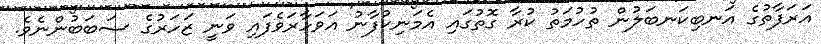
އަރަފާތުގެ އަނބިކަނބަލުން ތުހުމަތު ކުރާ ގޮތުގައި އެމަނިކުފާނު އަވަހާރަވެފައި ވަނީ ޒަހަރުގެ ސަބަބުންނެވެ.